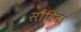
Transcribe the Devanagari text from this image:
सौंहिता